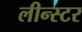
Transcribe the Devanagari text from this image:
लीन्स्टर